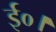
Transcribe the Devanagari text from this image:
ई०।